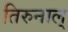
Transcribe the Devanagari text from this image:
तिरुनाल्